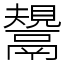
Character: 鬹